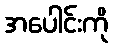
အပေါင်းကို